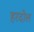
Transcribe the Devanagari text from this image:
हरदोल